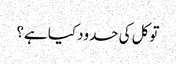
توکل کی حدود کیا ہے؟